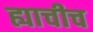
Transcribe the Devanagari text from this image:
ह्याचीच